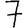
Digit: 7